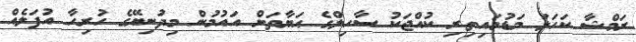
ރަމްޝާ ކަހަލަ މަޑުމައިތިރި ކުއްޖަކު ސާހިލްގެ ޙަޔާތަށް އައުމުން މިދުނިޔޭގެ ހުރިހާ އުފަލެއް